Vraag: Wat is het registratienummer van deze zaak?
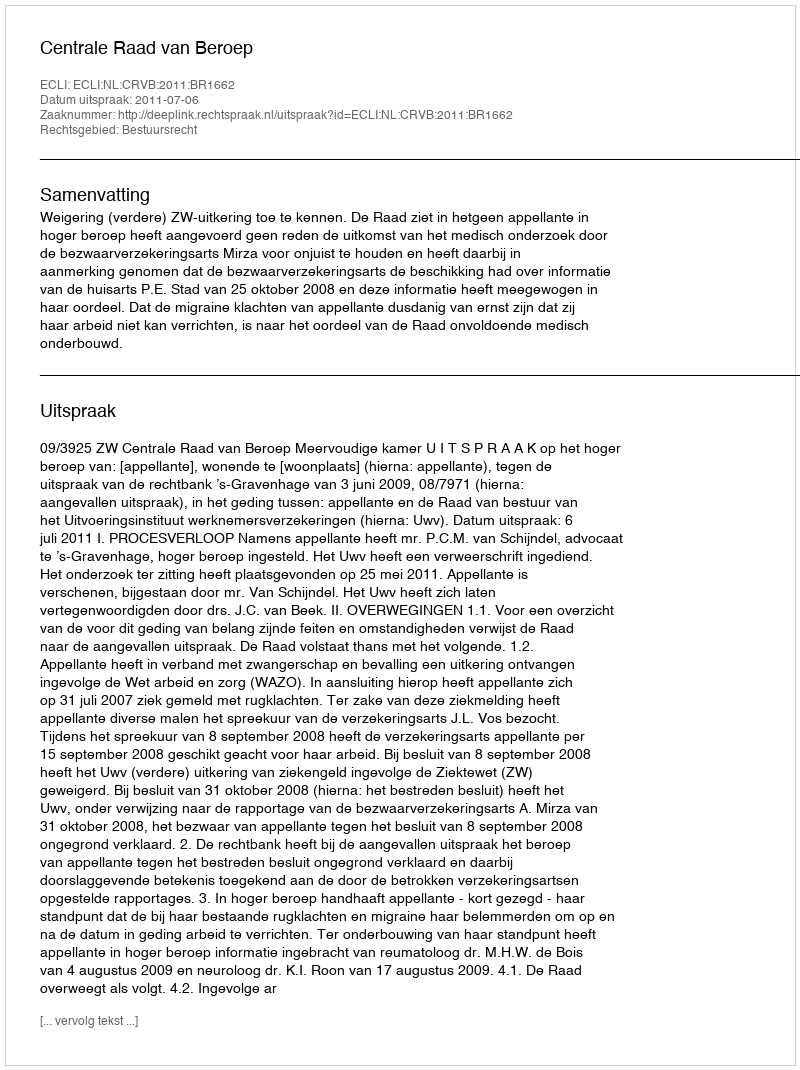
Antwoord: http://deeplink.rechtspraak.nl/uitspraak?id=ECLI:NL:CRVB:2011:BR1662